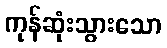
ကုန်ဆုံးသွားသော